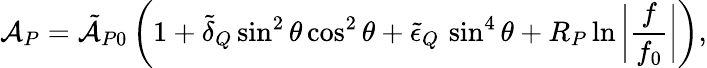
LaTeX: \mathcal{A}_{P}=\tilde{\mathcal{A}}_{P0}\left(1+\tilde{\delta}_{Q}\sin^{2}\theta\cos^{2}\theta+\tilde{\epsilon}_{Q}\, \sin^{4}\theta+R_{P}\ln{\bigg|\frac{f}{f_{0}}\bigg|}\right),